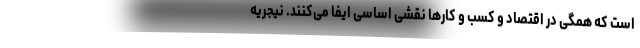
است که همگی در اقتصاد و کسب و کارها نقشی اساسی ایفا می‌کنند. نیجریه